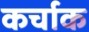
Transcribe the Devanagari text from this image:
कर्चाक